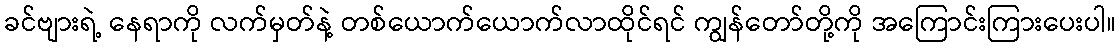
ခင်ဗျားရဲ့ နေရာကို လက်မှတ်နဲ့ တစ်ယောက်ယောက်လာထိုင်ရင် ကျွန်တော်တို့ကို အကြောင်းကြားပေးပါ။